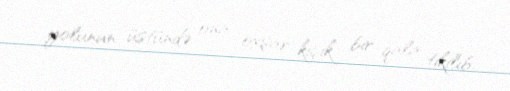
yolunun üstündə ona oxşar kiçik bir qala tikilib.